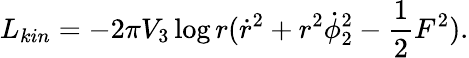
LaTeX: L_{kin}=-2\pi V_{3}\log r({\dot{r}}^{2}+r^{2}\dot{\phi}_{2}^{2}-{\frac{1}{2}}F^{2}).